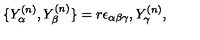
\{ Y _ { \alpha } ^ { ( n ) } , Y _ { \beta } ^ { ( n ) } \} = r \epsilon _ { \alpha \beta \gamma } , Y _ { \gamma } ^ { ( n ) } ,